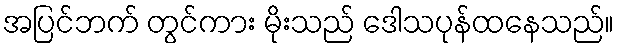
အပြင်ဘက် တွင်ကား မိုးသည် ဒေါသပုန်ထနေသည်။